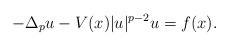
LaTeX: \begin{align*} -\Delta_p u-V(x) |u|^{p-2} u = f(x).\end{align*}